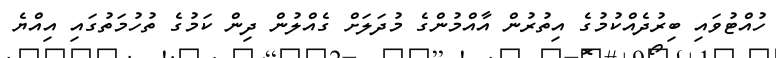
ހުއްޓުވައި ބިރުދެއްކުމުގެ އިތުރުން އާއްމުންގެ މުދަލަށް ގެއްލުން ދިން ކަމުގެ ތުހުމަތުގައި އިއްޔެ